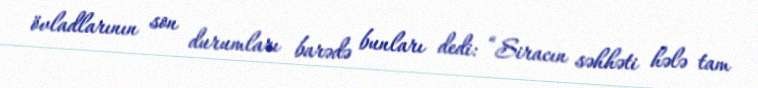
övladlarının son durumları barədə bunları dedi: “Siracın səhhəti hələ tam